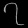
Digit: ၇